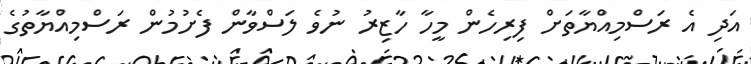
އަދި އެ ރަސްމިއްޔާތަށް ފިރިހެން މީހާ ހާޒިރު ނުވެ ލަސްވާން ފެށުމުން ރަސްމިއްޔާތުގެ